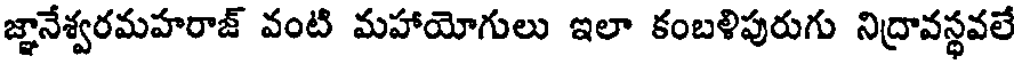
జ్ఞానేశ్వరమహరాజ్ వంటి మహాయోగులు ఇలా కంబళిపురుగు నిద్రావస్థవలే